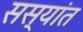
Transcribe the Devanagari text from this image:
सस्यांत